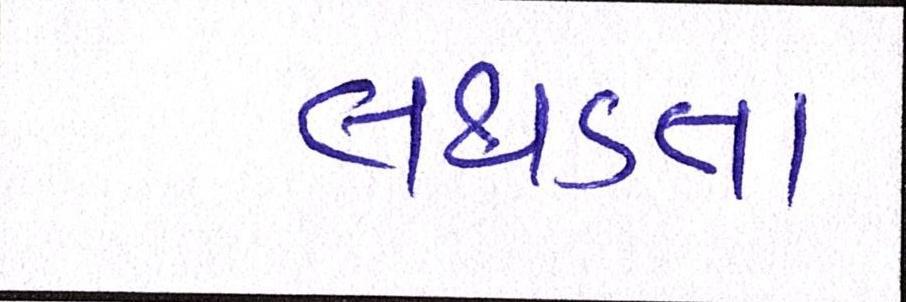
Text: લથડતા